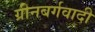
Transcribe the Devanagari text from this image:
ग्रीनबर्गवादी